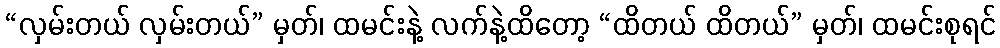
“လှမ်းတယ် လှမ်းတယ်” မှတ်၊ ထမင်းနဲ့ လက်နဲ့ထိတော့ “ထိတယ် ထိတယ်” မှတ်၊ ထမင်းစုရင်